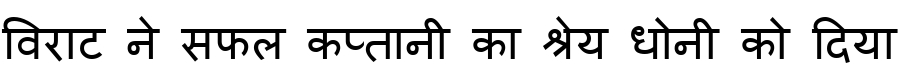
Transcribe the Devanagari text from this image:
विराट ने सफल कप्तानी का श्रेय धोनी को दिया